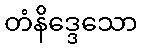
တံနိဒ္ဒေသော